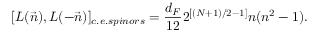
[ L ( \vec { n } ) , L ( - \vec { n } ) ] _ { c . e . s p i n o r s } = \frac { d _ { F } } { 1 2 } 2 ^ { [ ( N + 1 ) / 2 - 1 ] } n ( n ^ { 2 } - 1 ) .